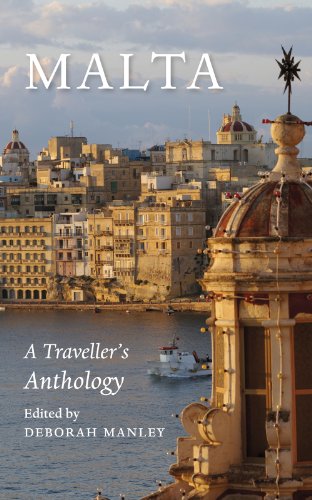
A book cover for Malta: A Traveller's Anthology; Deborah Manley; Travel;